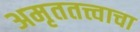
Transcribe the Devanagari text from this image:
अमृततत्त्वाचा